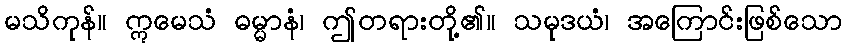
မသိကုန်။ ဣမေသံ ဓမ္မာနံ၊ ဤတရားတို့၏။ သမုဒယံ၊ အကြောင်းဖြစ်သော